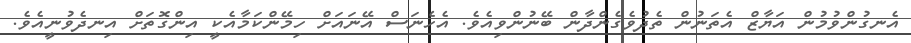
އެނގުންވުމުން އަޔާޒް އެތަނުން ތެދުވެގެންދާން ބޭނުންވިއެވެ. އެހެނަސް އޭނައަށް ހިމޭންކަމާއެކީ އިންގޮތަށް އިނދެވުނީއެވެ.